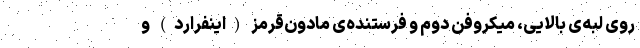
روی لبه‌ی بالایی، میکروفن دوم و فرستنده‌ی مادون‌قرمز (اینفرارد) و